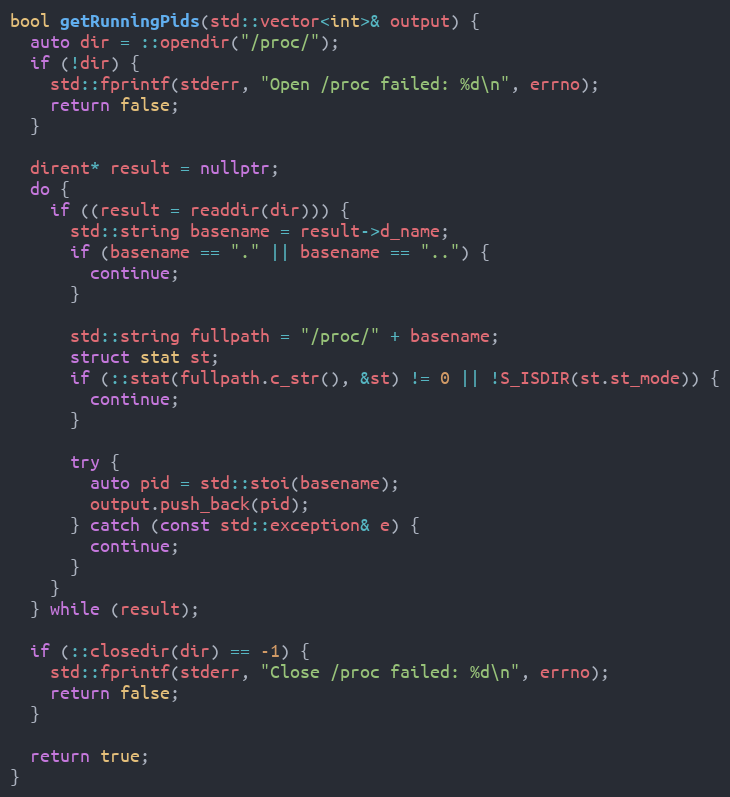
Language: C++
bool getRunningPids(std::vector<int>& output) {
  auto dir = ::opendir("/proc/");
  if (!dir) {
    std::fprintf(stderr, "Open /proc failed: %d\n", errno);
    return false;
  }

  dirent* result = nullptr;
  do {
    if ((result = readdir(dir))) {
      std::string basename = result->d_name;
      if (basename == "." || basename == "..") {
        continue;
      }

      std::string fullpath = "/proc/" + basename;
      struct stat st;
      if (::stat(fullpath.c_str(), &st) != 0 || !S_ISDIR(st.st_mode)) {
        continue;
      }

      try {
        auto pid = std::stoi(basename);
        output.push_back(pid);
      } catch (const std::exception& e) {
        continue;
      }
    }
  } while (result);

  if (::closedir(dir) == -1) {
    std::fprintf(stderr, "Close /proc failed: %d\n", errno);
    return false;
  }

  return true;
}